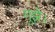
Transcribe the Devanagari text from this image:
मुझे।